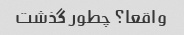
واقعا؟ چطور گذشت